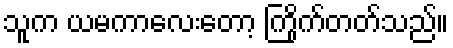
သူက ယမကာလေးတော့ ကြိုက်တတ်သည်။